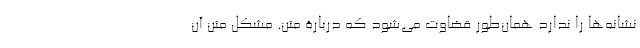
نشانه‌ها را ندارد همان‌طور قضاوت می‌شود که دربارۀ متن. مشکل متن آن